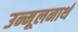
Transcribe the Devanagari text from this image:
उन्मूलनार्थ